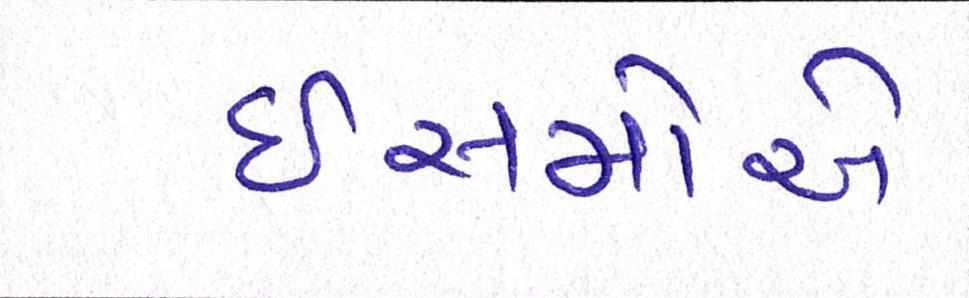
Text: ઈસમોએ